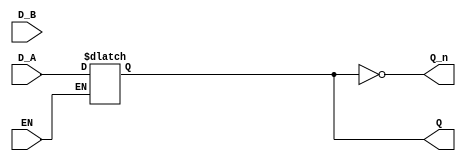
module dual_input_gated_latch (
    input wire D_A,      // Data Input A
    input wire D_B,      // Data Input B
    input wire EN,       // Enable signal
    output reg Q,        // Output Q
    output wire Q_n      // Complement of output Q
);

// Invert Q to output the complement
assign Q_n = ~Q;

always @(*) begin
    if (EN) begin
        // Implementing priority; select D_A by default
        Q = D_A; // if you want to always take D_A when EN is high
    end
    else begin
        // Hold last state when EN is low
        Q = Q; // retains the previous value
    end
end

endmodule